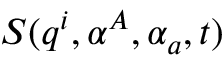
S ( q ^ { i } , \alpha ^ { A } , \alpha _ { a } , t )